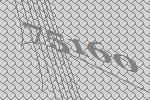
75160